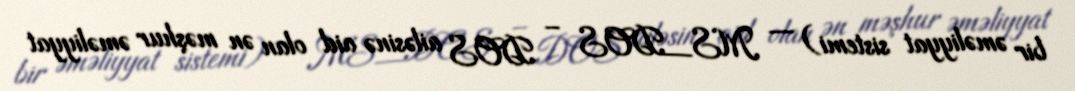
bir əməliyyat sistemi) — MS_DOS – DOS ailəsinə aid olan ən məşhur əməliyyat